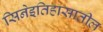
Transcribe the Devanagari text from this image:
सिनेइतिहासातील